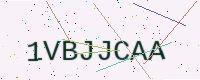
Text: 1VBJJCAA